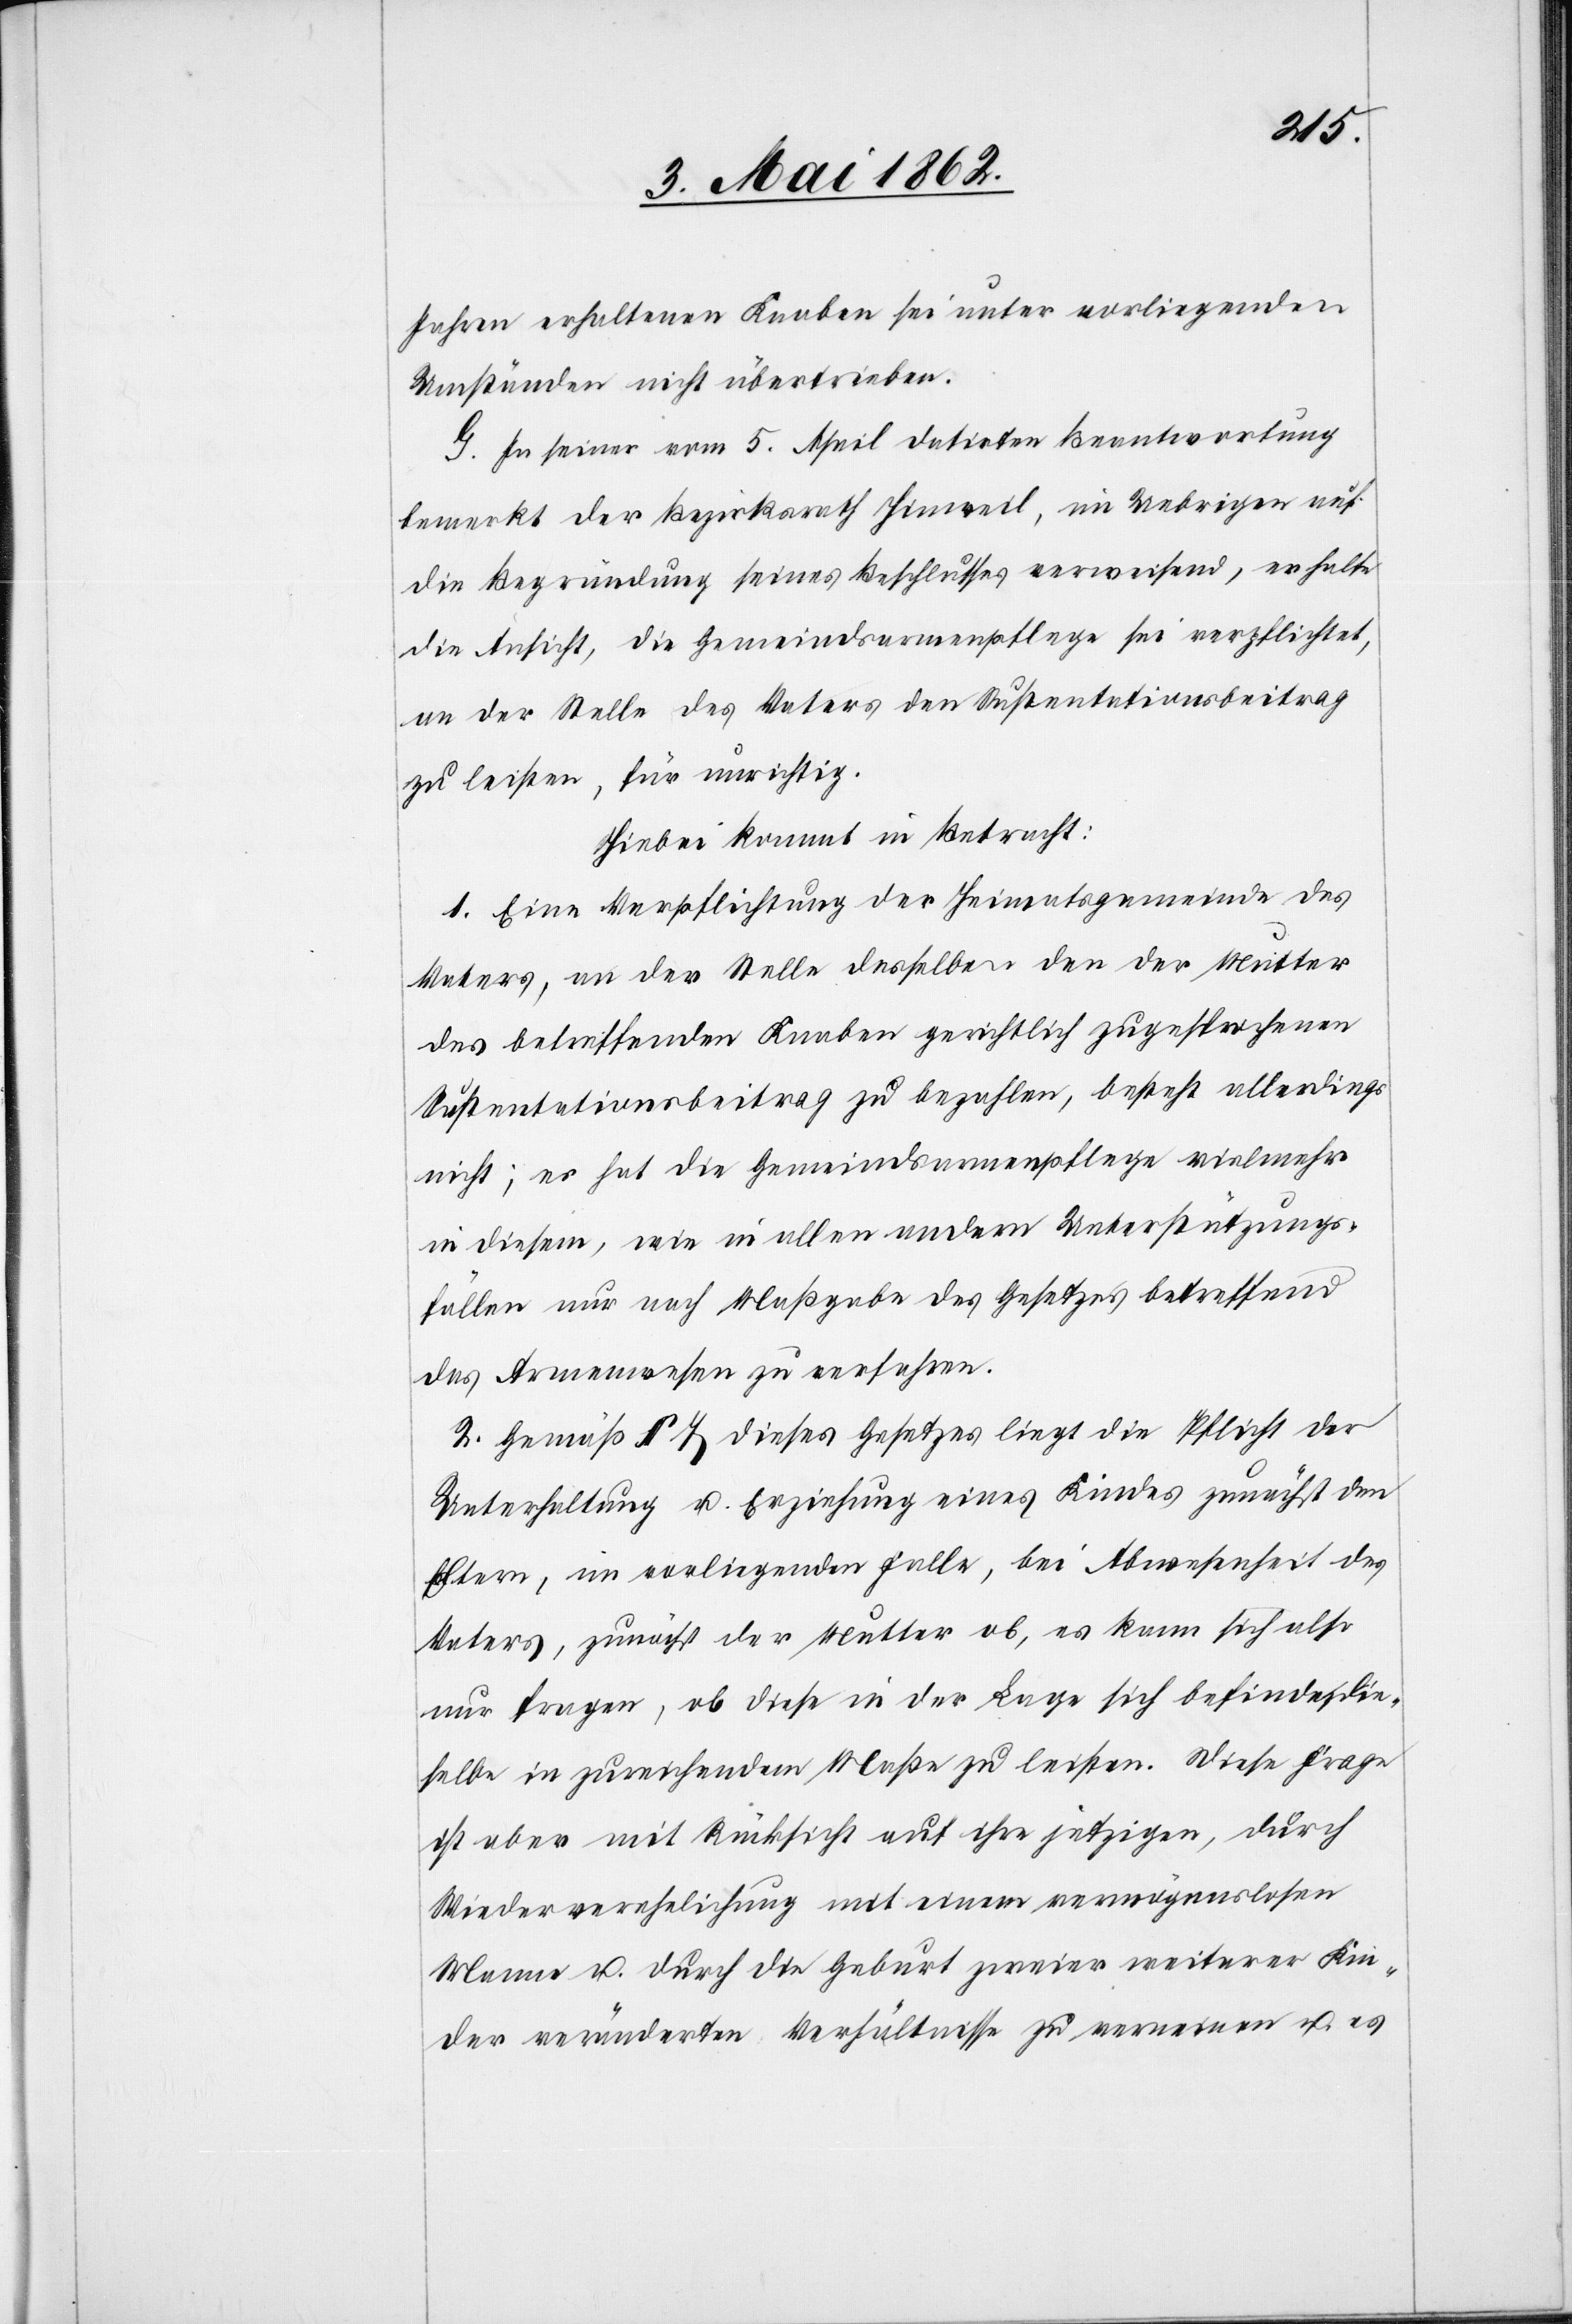
Jahren erhaltenen Knaben sei unter vorliegenden
Umständen nicht übertrieben.
G. In seiner vom 5. April datirten Beantwortung
bemerkt der Bezirksrath Hinweil, im Uebrigen auf
die Begründung seines Beschlusses erweisend, er halte
die Ansicht, die Gemeindsarmenpflege sei verpflichtet,
an der Stelle des Vaters den Suspentationsbeitrag
zu leisten, für unrichtig.
Hiebei kommt in Betracht:
1. Eine Verpflichtung der Heimatsgemeinde des
Vaters, an der Stelle desselben, den der Mutter
des betreffenden Knaben gerichtlich zugesprochenen
Suspentationsbeitrag zu bezahlen, besteht allerdings
nicht; es hat die Gemeindsarmenpflege vielmehr
in diesem, wie in allen andern Unterstützungs¬
fällen nur noch Maßgabe des Gesetzes betreffend
das Armenwesen zu verfahren.
2. Gemäß § 7 dieses Gesetzes liegt die Pflicht der
Unterhaltung u. Erziehung eines Kindes zunächst den
Eltern, im vorliegenden Falle, bei Abwesenheit des
Vaters, zunächst der Mutter ob, es kann sich also
nur fragen, ob diese in der Lage sich befindet, die¬
selbe in zureichendem Maße zu leisten. Diese Frage
ist aber mit Rücksicht auf ihre jetzigen, durch
Wiederverehelichung mit einem vermögenslosen
Manne u. durch die Geburt zweier weiterer Kin¬
der veränderten Verhältnissen zu verneinen u. es